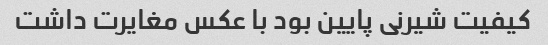
کیفیت شیرنی پایین بود با عکس مغایرت داشت